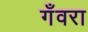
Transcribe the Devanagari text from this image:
गँवरा